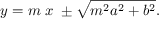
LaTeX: y = m \; x \; \pm { \sqrt { m ^ { 2 } a ^ { 2 } + b ^ { 2 } } } .